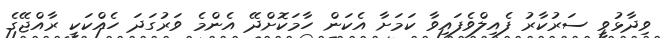
ވިދާޅުވީ ސަރުކާރު ފެއިލްވެފައިވާ ކަމަށާ އެކަން ހާމަކޮށްދޭ އެންމެ ވަރުގަދަ ހެއްކަކީ ރާއްޖޭގެ